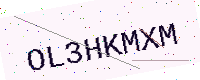
Text: OL3HKMXM